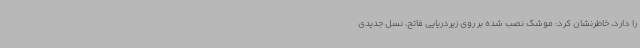
را دارد، خاطرنشان کرد: موشک نصب شده بر روی زیردریایی فاتح، نسل جدیدی